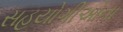
સહયોગીઓના